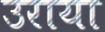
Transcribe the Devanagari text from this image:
उराया